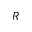
R